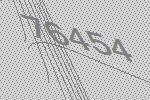
76454